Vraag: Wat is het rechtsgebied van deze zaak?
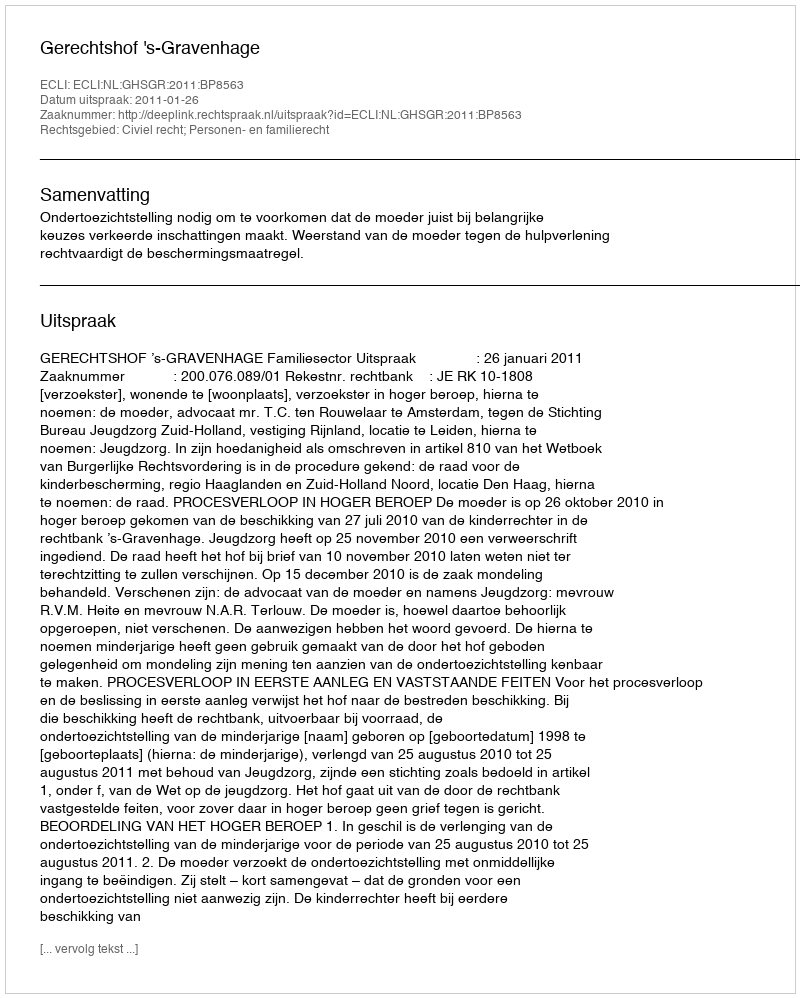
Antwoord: Civiel recht; Personen- en familierecht